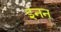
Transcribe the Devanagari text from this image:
इनन